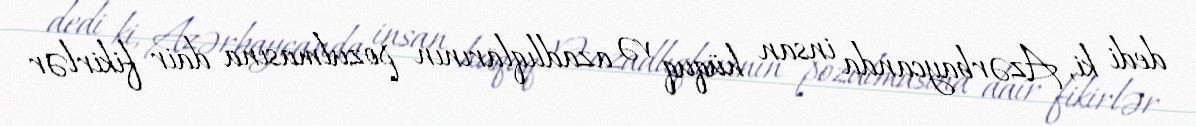
dedi ki, Azərbaycanda insan hüquq və azadlıqlarının pozulmasına dair fikirlər